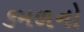
કમળનો